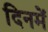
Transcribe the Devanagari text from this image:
दिनमें